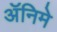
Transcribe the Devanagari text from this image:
ॲनिमे